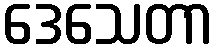
ဒေသေတာ